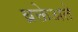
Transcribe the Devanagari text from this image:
ब्रक्तेअते